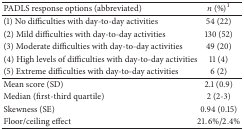
<table><thead><tr><td><b>PADLS response options (abbreviated)</b></td><td><b><i>n </i>(%)<sup>1</sup></b></td></tr></thead><tbody><tr><td>(1) No difficulties with day-to-day activities</td><td>54 (22)</td></tr><tr><td>(2) Mild difficulties with day-to-day activities</td><td>130 (52)</td></tr><tr><td>(3) Moderate difficulties with day-to-day activities</td><td>49 (20)</td></tr><tr><td>(4) High levels of difficulties with day-to-day activities</td><td>11 (4)</td></tr><tr><td>(5) Extreme difficulties with day-to-day activities</td><td>6 (2)</td></tr><tr><td>Mean score (SD)</td><td>2.1 (0.9)</td></tr><tr><td>Median (first-third quartile)</td><td>2 (2-3)</td></tr><tr><td>Skewness (SE)</td><td>0.94 (0.15)</td></tr><tr><td>Floor/ceiling effect</td><td>21.6%/2.4%</td></tr></tbody></table>